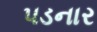
પડનાર